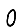
Digit: 0